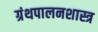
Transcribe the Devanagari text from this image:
ग्रंथपालनशास्त्र